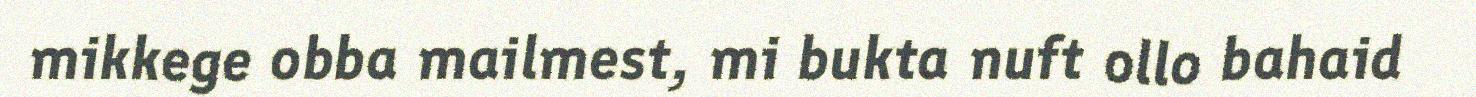
mikkege obba mailmest, mi bukta nuft ollo bahaid